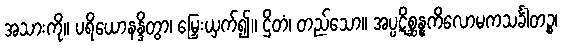
အသားကို။ ပရိယောနန္ဒိတွာ၊ မြှေးယှက်၍။ ဌိတံ၊ တည်သော။ အပ္ပဋိစ္ဆန္နကိလောမကသင်္ခါတဉ္စ၊